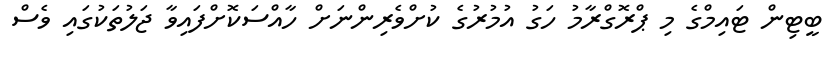
ބީޓިން ޓައިމްގެ މި ޕްރޮގްރާމު ހަގު އުމުރުގެ ކުށްވެރިންނަށް ހާއްސަކޮށްފައިވާ ޖަލުތަކުގައި ވެސް